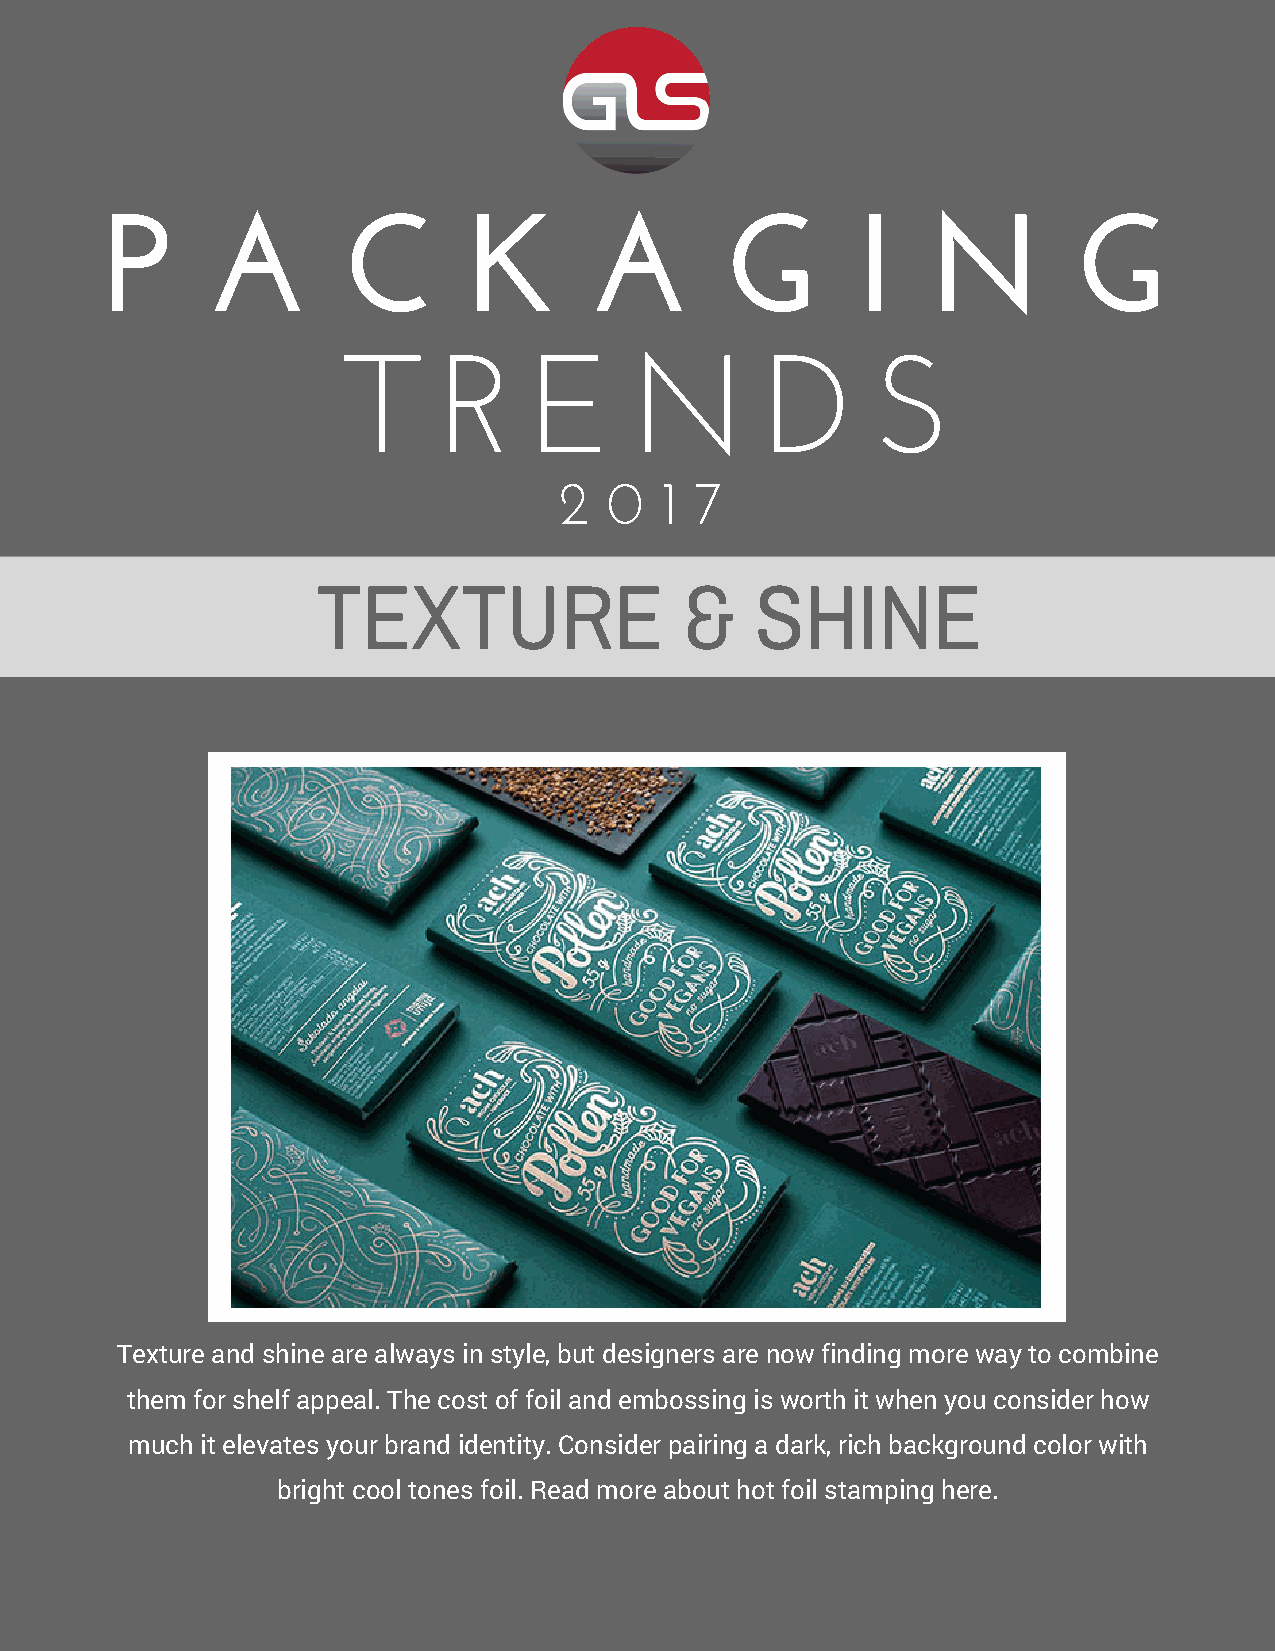
P      A        C       K       A        G        I   N         G
 T     R     E      N        D      S
 2  0   1 7
 TEXTURE                 &    SHINE
 Texture and shine are always in style, but designers are now finding more way to combine
 them for shelf appeal. The cost of foil and embossing is worth it when you consider how
 much it elevates your brand identity. Consider pairing a dark, rich background color with
 bright cool tones foil. Read more about hot foil stamping here.